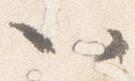
以